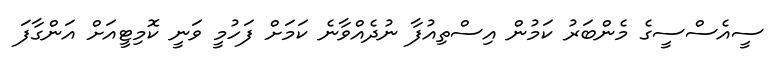
ސީއެސްސީގެ މެންބަރު ކަމުން އިސްތިއުފާ ނުދެއްވާނެ ކަމަށް ފަހުމީ ވަނީ ކޮމިޓީއަށް އަންގާފަ